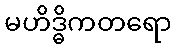
မဟိဒ္ဓိကတရော